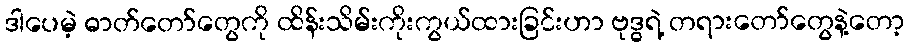
ဒါပေမဲ့ ဓာတ်တော်တွေကို ထိန်းသိမ်းကိုးကွယ်ထားခြင်းဟာ ဗုဒ္ဓရဲ့ တရားတော်တွေနဲ့တော့